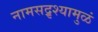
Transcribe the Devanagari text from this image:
नामसद्रृश्यामुळं